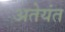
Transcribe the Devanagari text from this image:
अतेयंत